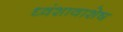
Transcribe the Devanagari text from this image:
ध्वंशावाशेष